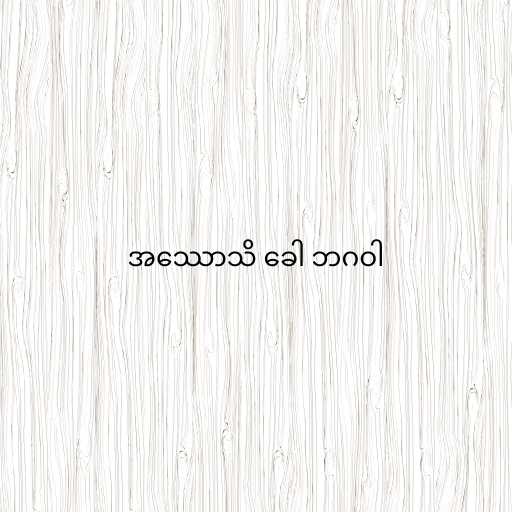
အဿောသိ ခေါ ဘဂဝါ